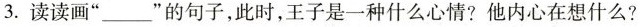
3.读读画”___”的句子，此时，王子是一种什么心情?他内心在想什么?